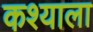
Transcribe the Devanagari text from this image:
कश्याला